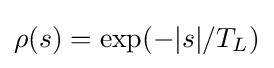
\rho (s)=\exp(-|s|/T_{L})